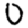
Digit: 0